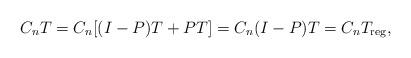
LaTeX: \begin{align*} C_n T=C_n[(I-P)T+PT]=C_n(I-P)T= C_n T_{\rm reg},\end{align*}